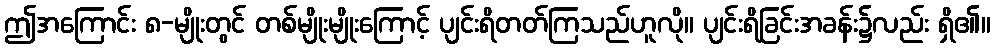
ဤအကြောင်း ၈-မျိုးတွင် တစ်မျိုးမျိုးကြောင့် ပျင်းရိတတ်ကြသည်ဟူလို။ ပျင်းရိခြင်းအခန်း၌လည်း ရှိ၏။